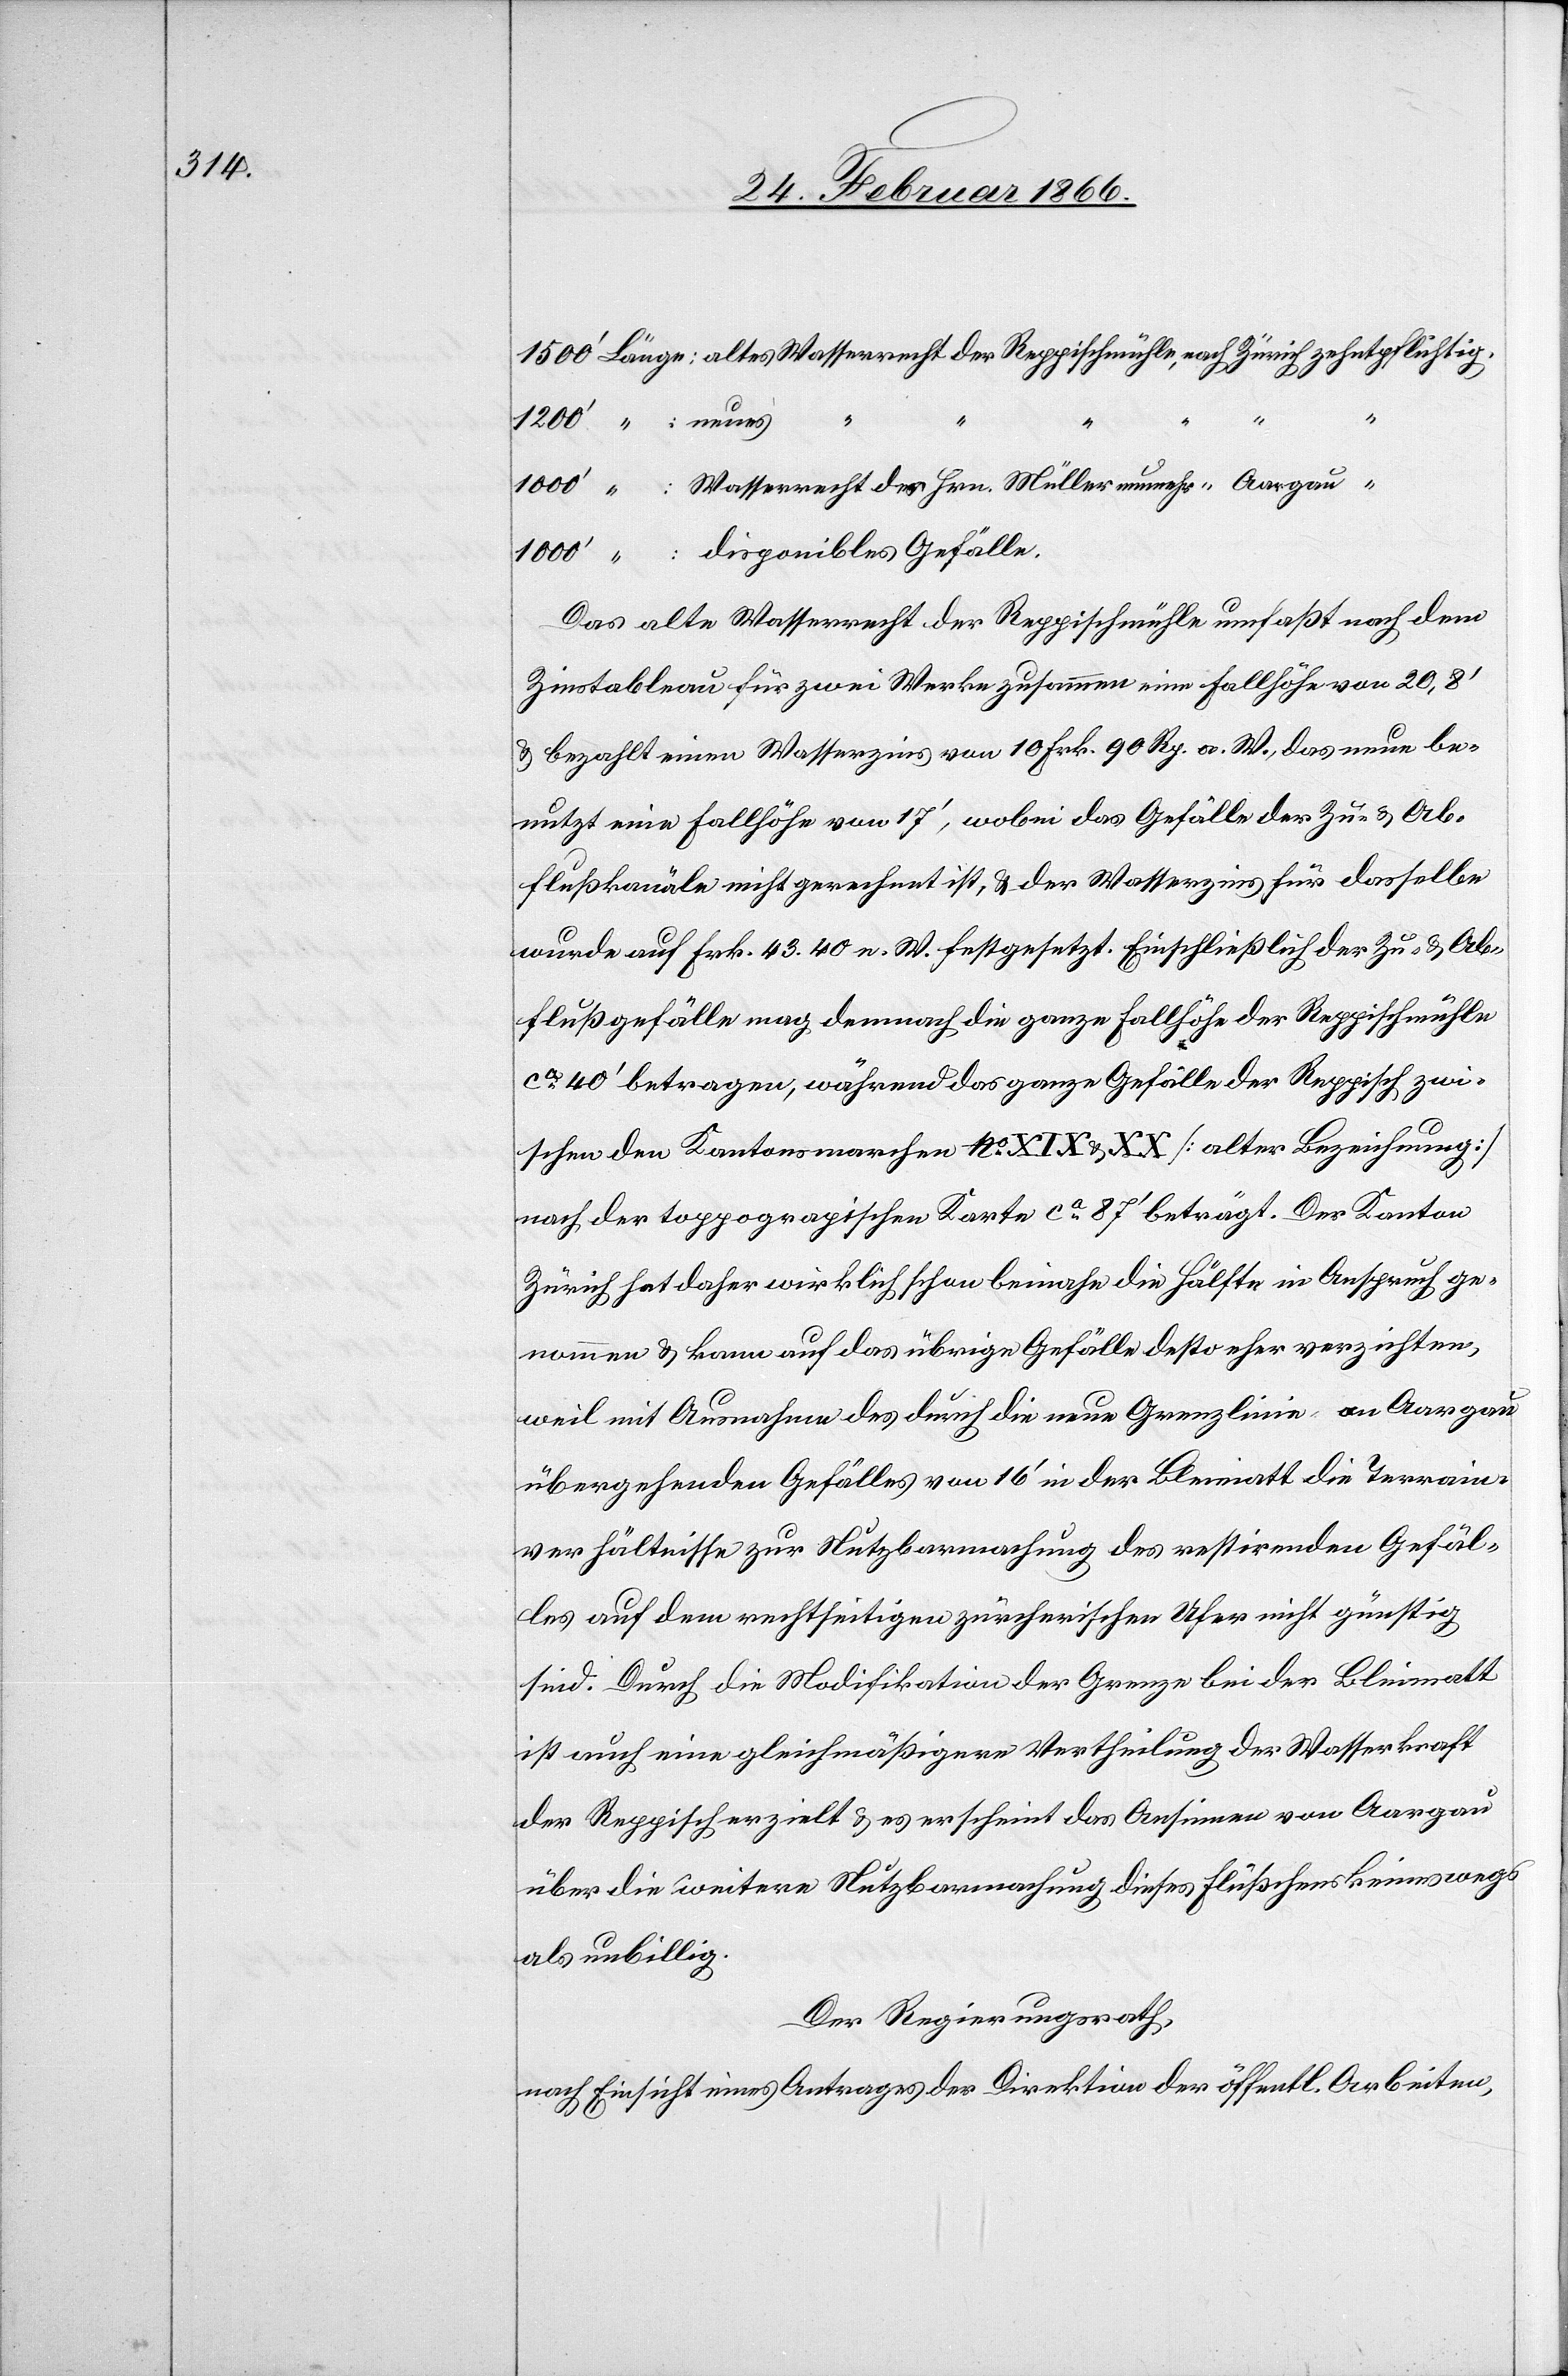
Das alte Wasserrecht der Reppischmühle umfaßt nach dem
Zinstableau für zwei Werke zusammen eine Fallhöhe von 20,8‘
u. bezahlt einen Wasserzins von 10 Frk. 90 Rp. a. W., das neue be¬
nutzt eine Fallhöhe von 17‘, wobei das Gefälle der Zu- u. Ab¬
flußkanäle nicht gerechnet ist, u. der Wasserzins für dasselbe
wurde auf Frk. 43,40 n. W. festgesetzt. Einschließlich der Zu- u. Ab¬
flußgefälle mag demnach die ganze Fallhöhe der Reppischmühle
ca. 40‘ betragen, während das ganze Gefälle der Reppisch zwi¬
schen den Kantonsmarchen No. XIX u. XX [alter Bezeichnung]
nach der taxographischen Karte ca. 87‘ beträgt. Der Kanton
Zürich hat daher wirklich schon beinahe die Hälfte in Anspruch ge¬
nommen u. kann auf das übrige Gefälle desto eher verzichten,
weil mit Ausnahme des durch die neue Grenzlinie an Aargau
übergehenden Gefälles von 16‘ in der Kleimatt die Terrain¬
verhältnisse zur Nutzbarmachung des resultirenden Gefäl¬
les auf dem rechtseitigen zürcherischen Ufer nicht günstig
sind. Durch die Modifikation der Grenze bei der Kleimatt
ist auch eine gleichmäßigere Vertheilung der Wasserkraft
der Reppisch erzielt u. es erscheint das Ansinnen von Aargau
über die weitere Nutzbarmachung dieses Flüßchens keineswegs
als unbillig.
Der Regierungsrath,
nach Einsicht eines Antrages der Direktion der öffentl. Arbeiten